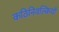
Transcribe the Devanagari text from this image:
कठिनिवल्कियों